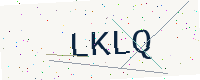
Text: LKLQ